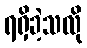
ရရှိခဲ့သလို